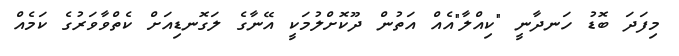
މިފަދަ ބޮޑު ހަނދާނީ "ކިއްލާ"އެއް އަތުން ދޫކޮށްލުމަކީ އޭނާގެ ލަގޮނޑިއަށް ކެތްވާވަރުގެ ކަމެއް